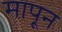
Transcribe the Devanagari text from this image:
मापून